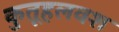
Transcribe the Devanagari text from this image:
कुतूहलवश